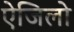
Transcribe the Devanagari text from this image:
ऐजिलो